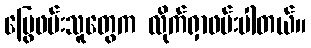
မြွေဖမ်းသူတွေက လိုက်ရှာဖမ်းပါတယ်။